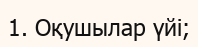
1. Оқушылар үйі;